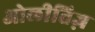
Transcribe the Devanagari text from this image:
ओलीतिज़